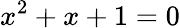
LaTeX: x^{2}+x+1=0